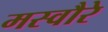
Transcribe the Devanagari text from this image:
मस्वौरे